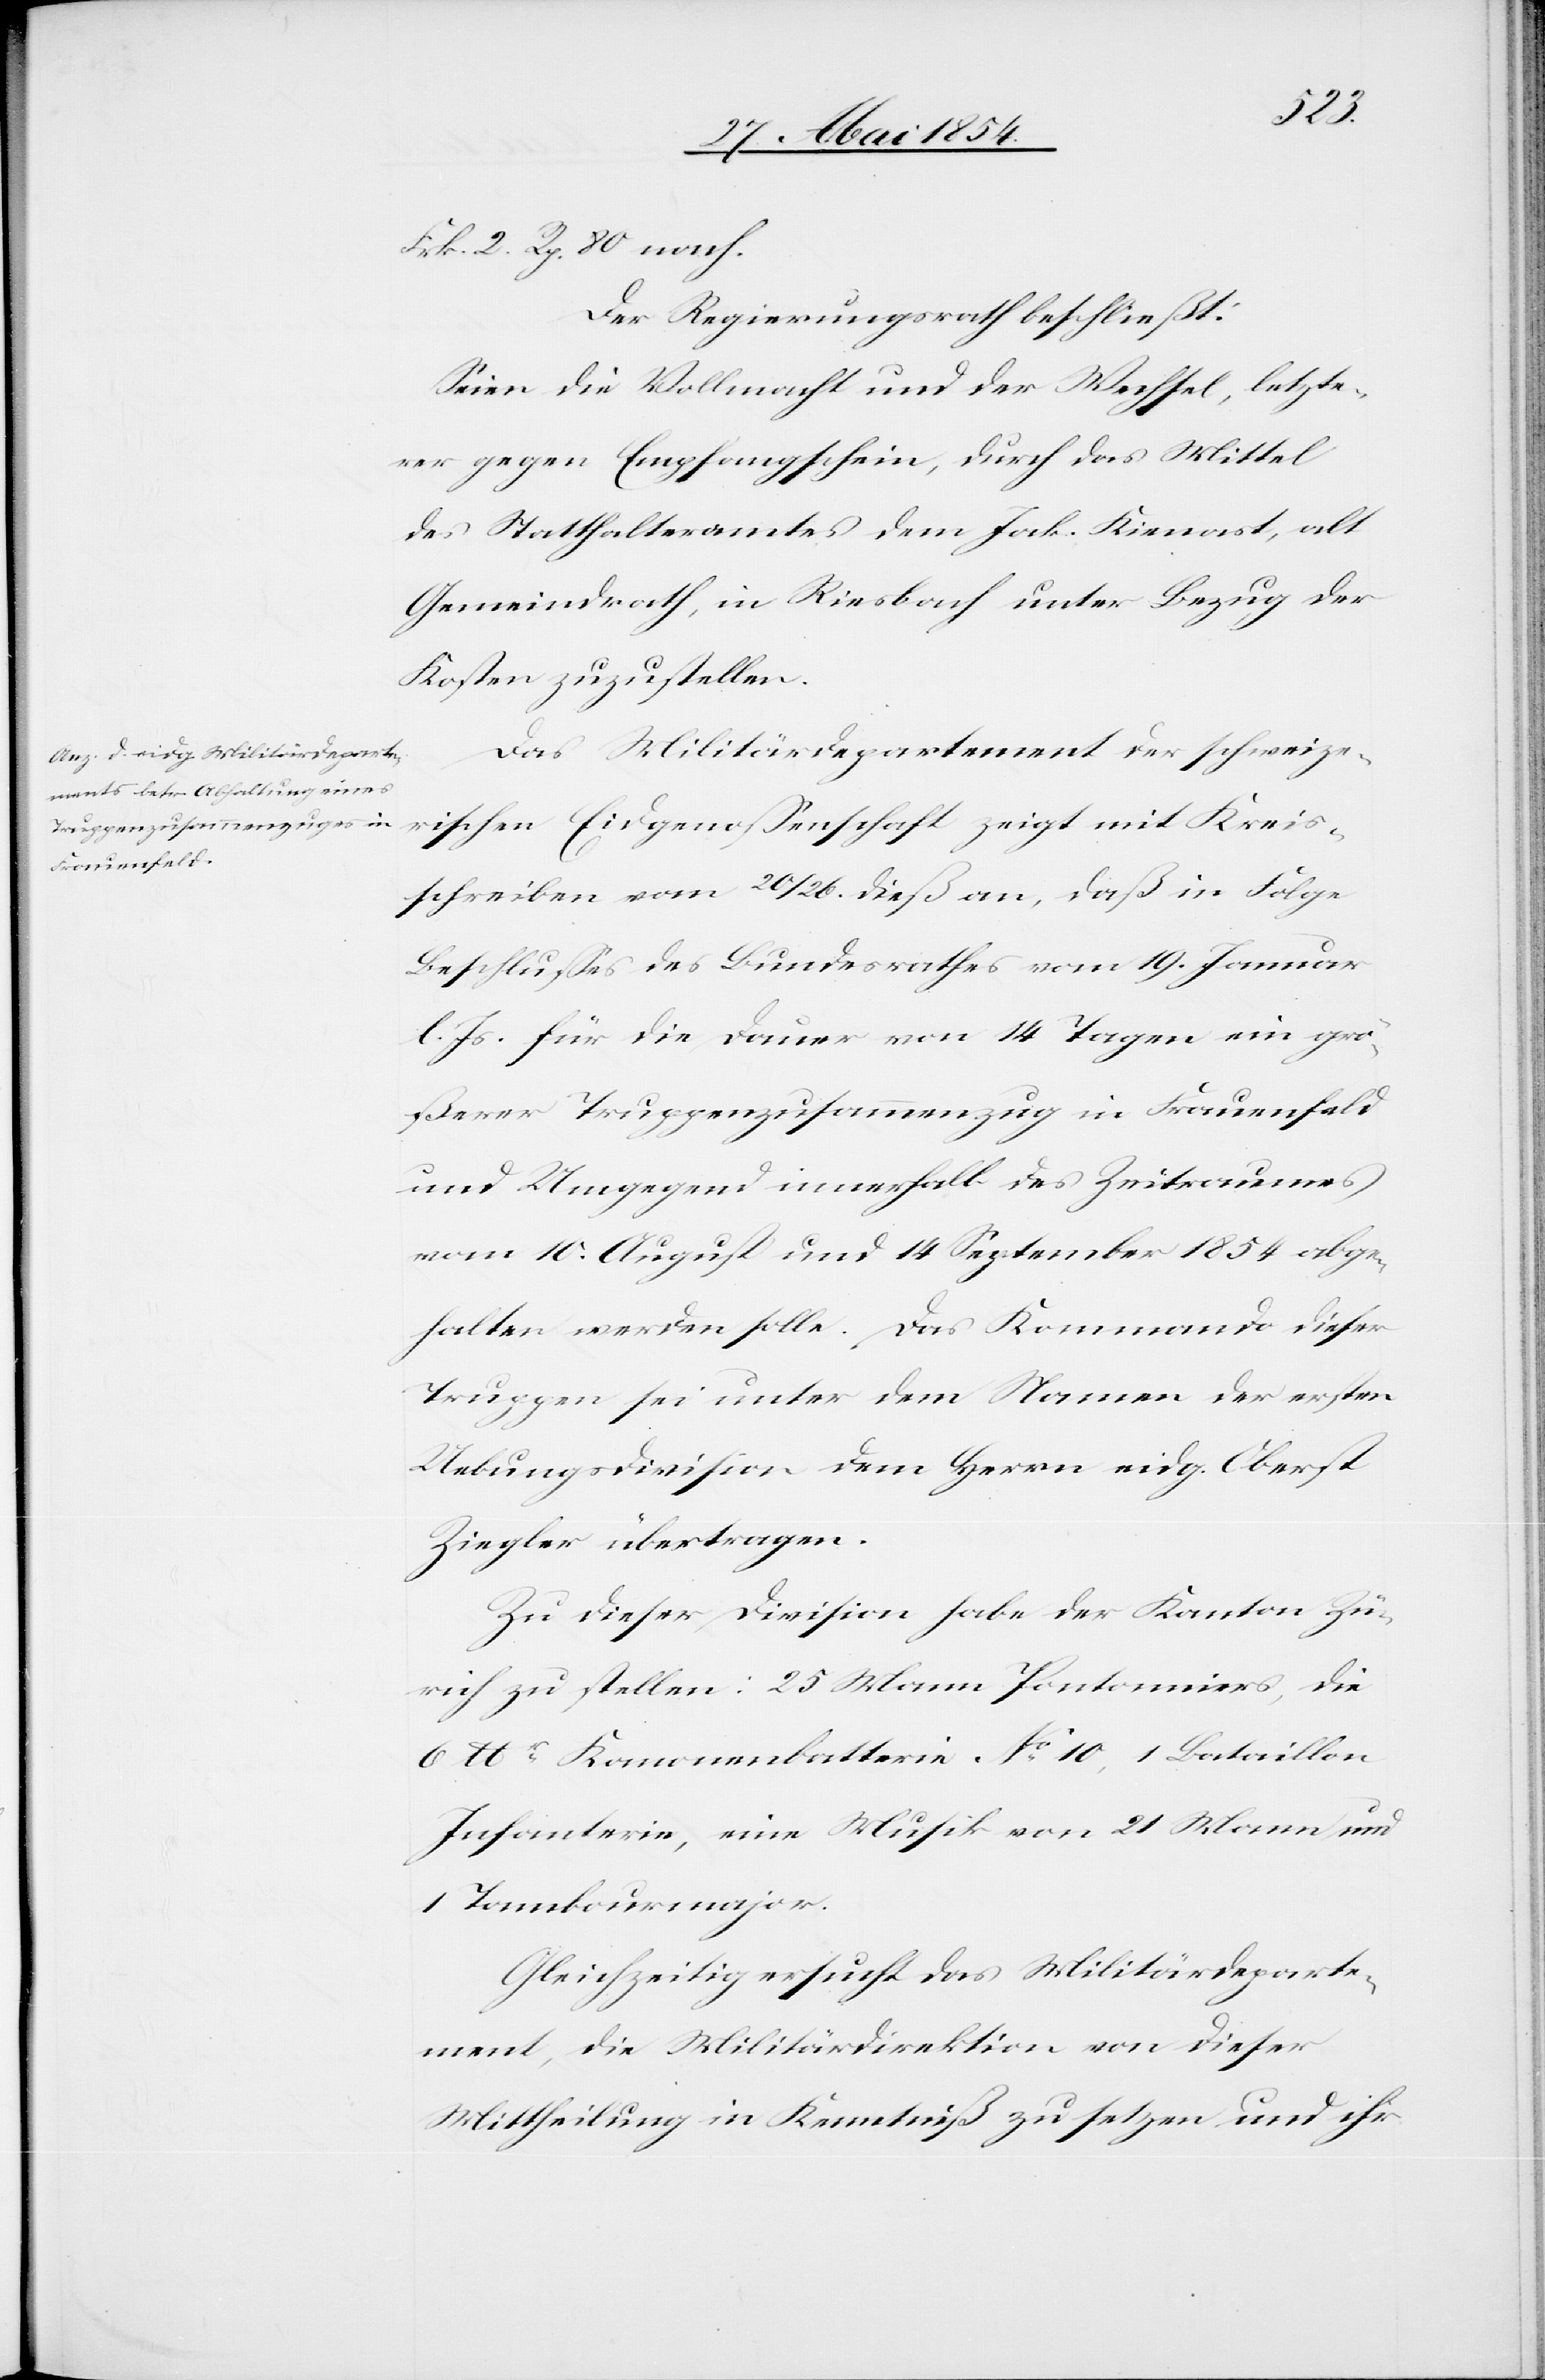
Frk.
[sic!] 2. Rp. 80 nach.
Der Regierungsrath beschließt:
Seien die Vollmacht und der Wechsel, letzte¬
rer gegen Empfangschein, durch das Mittel
des Statthalteramtes dem Jak. Kienast, alt
Gemeindrath, in Riesbach unter Bezug der
Kosten zuzustellen.
Das Militärdepartement der schweize¬
rischen Eidgenoßenschaft zeigt mit Kreis¬
schreiben vom 20/26. dieß an, daß in Folge
Beschlußes des Bundesrathes vom 19. Januar
l. Js. für die Dauer von 14 Tagen ein grö¬
ßerer Truppenzusammenzug in Frauenfeld
und Umgegend innerhalb des Zeitraumes
vom 10. August und 14 September 1854 abge¬
halten werden solle. Das Kommando dieser
Truppen sei unter dem Namen der ersten
Uebungsdivision dem Herrn eidg. Oberst
Ziegler übertragen.
Zu dieser Division habe der Kanton Zü¬
rich zu stellen: 25 Mann Pontoniers, die
6 lbr Kanonenbatterie No 10, 1 Bataillon
Infanterie, eine Musik von 21 Mann und
1 Tambourmajor.
Gleichzeitig ersucht das Militärdeparte¬
ment, die Militärdirektion von dieser
Mittheilung in Kenntniß zu setzen und ihr